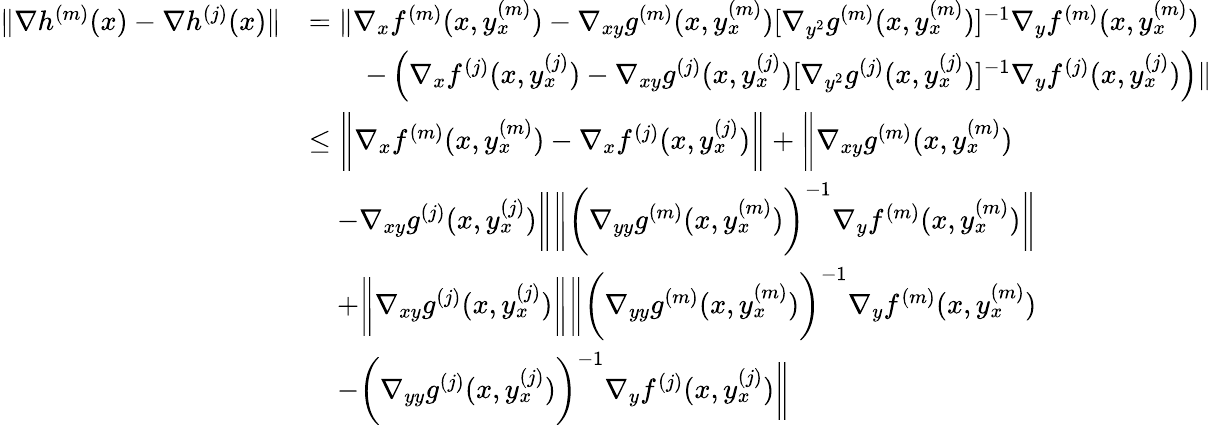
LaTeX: \begin{array}{rl}{\| \nabla h^{(m)}(x)-\nabla h^{(j)}(x)\| }&{=\| \nabla_{x}f^{(m)}(x,y_{x}^{(m)})-\nabla_{xy}g^{(m)}(x,y_{x}^{(m)})[\nabla_{y^{2}}g^{(m)}(x,y_{x}^{(m)})]^{-1}\nabla_{y}f^{(m)}(x,y_{x}^{(m)})}\\ &{\qquad-\left(\nabla_{x}f^{(j)}(x,y_{x}^{(j)})-\nabla_{xy}g^{(j)}(x,y_{x}^{(j)})[\nabla_{y^{2}}g^{(j)}(x,y_{x}^{(j)})]^{-1}\nabla_{y}f^{(j)}(x,y_{x}^{(j)})\right)\| }\\ &{\leq\bigg\| \nabla_{x}f^{(m)}(x,y_{x}^{(m)})-\nabla_{x}f^{(j)}(x,y_{x}^{(j)})\bigg\| +\bigg\| \nabla_{xy}g^{(m)}(x,y_{x}^{(m)})}\\ &{\quad-\nabla_{xy}g^{(j)}(x,y_{x}^{(j)})\bigg\| \bigg\| \bigg(\nabla_{yy}g^{(m)}(x,y_{x}^{(m)})\bigg)^{-1}\nabla_{y}f^{(m)}(x,y_{x}^{(m)})\bigg\| }\\ &{\quad+\bigg\| \nabla_{xy}g^{(j)}(x,y_{x}^{(j)})\bigg\| \bigg\| \bigg(\nabla_{yy}g^{(m)}(x,y_{x}^{(m)})\bigg)^{-1}\nabla_{y}f^{(m)}(x,y_{x}^{(m)})}\\ &{\quad-\bigg(\nabla_{yy}g^{(j)}(x,y_{x}^{(j)})\bigg)^{-1}\nabla_{y}f^{(j)}(x,y_{x}^{(j)})\bigg\| }\end{array}